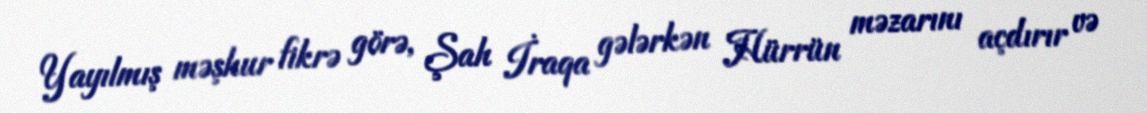
Yayılmış məşhur fikrə görə, Şah İraqa gələrkən Hürrün məzarını açdırır və